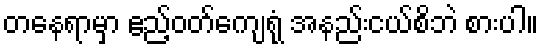
တနေရာမှာ ဧည့်ဝတ်ကျေရုံ အနည်းငယ်စိဘဲ စားပါ။